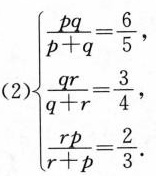
(2)$$\begin { cases } \ frac { p q } { p + q } = \frac { 6 } { 5 } . \\